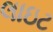
લાઇટ